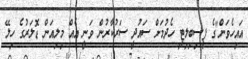
އައިހެވަން"ގެ ފީސިބިލިޓީ ހެދުމަށް ސައުދީ ސަރުކާރުން ވަނީ އެއް މިލިއަން ޑޮލަރުގެ ހިލޭ